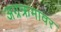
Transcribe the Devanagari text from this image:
अग्रक्रमावर